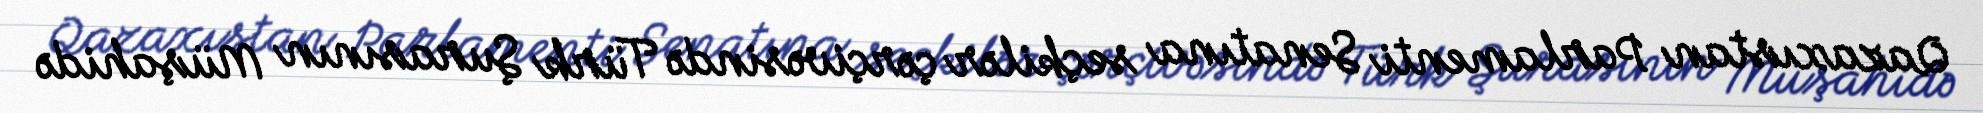
Qazaxıstan Parlamenti Senatına seçkilər çərçivəsində Türk Şurasının Müşahidə